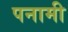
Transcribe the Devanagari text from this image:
पनामी